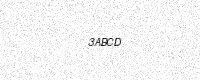
Text: 3ABCD